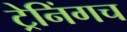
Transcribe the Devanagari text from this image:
ट्रेनिंगच